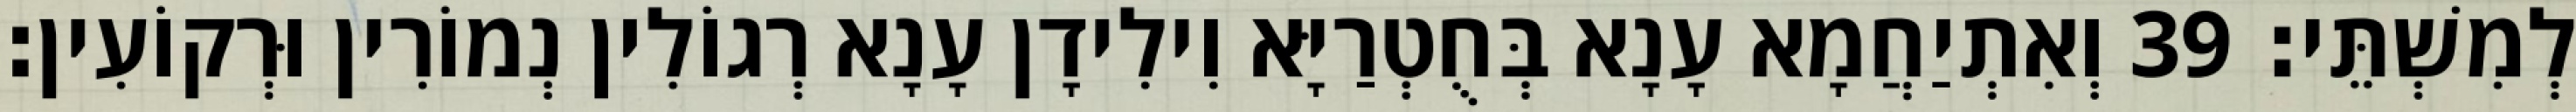
לְמִשְׁתֵּי׃ 39 וְאִתְיַחֲמָא עָנָא בְּחֻטְרַיָּא וִילִידָן עָנָא רְגוֹלִין נְמוֹרִין וּרְקוֹעִין׃